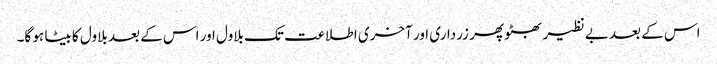
اس کے بعد بے نظیر بھٹو پھر زرداری اور آخری اطلاعت تک بلاول اور اس کے بعد بلاول کا بیٹا ہو گا۔